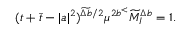
( t + \bar { t } - | a | ^ { 2 } ) ^ { \widetilde { \Delta b } / 2 } \mu ^ { 2 b ^ { < } } \widetilde { M } _ { I } ^ { \Delta b } = 1 .